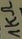
Text: 1KΩ